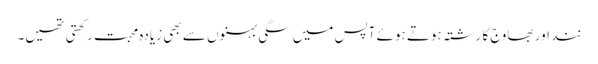
نند اور بھاوج کا رشتہ ہوتے ہوئے آپس میں سگی بہنوں سے بھی زیادہ محبت رکھتی تھیں۔